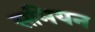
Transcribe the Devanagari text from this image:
समियन